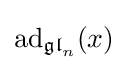
\operatorname {ad} _{{\mathfrak {gl}}_{n}}(x)